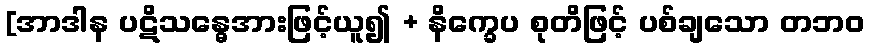
[အာဒါန ပဋိသန္ဓေအားဖြင့်ယူ၍ + နိက္ခေပ စုတိဖြင့် ပစ်ချသော တဘဝ